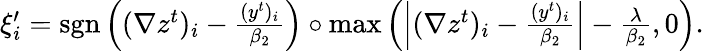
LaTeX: \begin{array}{r}{\xi_{i}^{\prime}=\mathrm{sgn}\left((\nabla z^{t})_{i}-\frac{(y^{t})_{i}}{\beta_{2}}\right)\circ\operatorname*{max}\left(\left|(\nabla z^{t})_{i}-\frac{(y^{t})_{i}}{\beta_{2}}\right|-\frac{\lambda}{\beta_{2}},0\right).}\end{array}